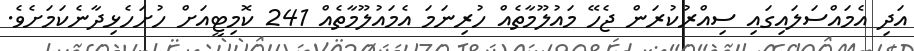
އަދި އެމައްސަލައިގައި ސިއްރުކުރަން ޖެހޭ މައުލޫމާތެއް ހުރިނަމަ އެމައުލޫމާތެއް 241 ކޮމިޓީއަށް ހުށަހެޅިދާނެކަމަށެވެ.